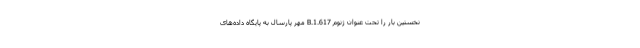
نخستین بار را تحت عنوان ژنوم B.1.617 مهر پارسال به پایگاه داده‌های